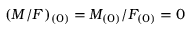
( M / F ) _ { ( 0 ) } = M _ { ( 0 ) } / F _ { ( 0 ) } = 0